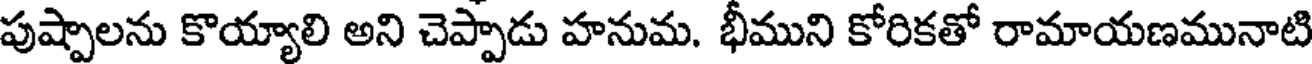
పుష్పాలను కొయ్యాలి అని చెప్పాడు హనుమ. భీముని కోరికతో రామాయణమునాటి